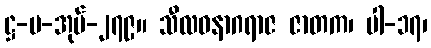
ဋ္ဌ-ပ-အုပ်-၂၇၉။ သီလဝနာဂရာဇ ဇာတက၊ ပါ-၁၇၊